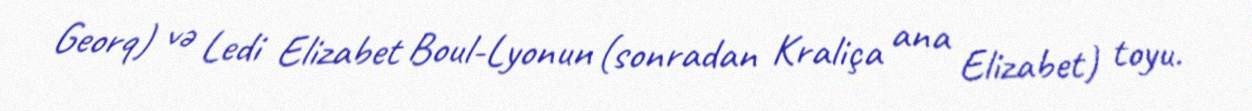
Georq) və Ledi Elizabet Boul-Lyonun (sonradan Kraliça ana Elizabet) toyu.